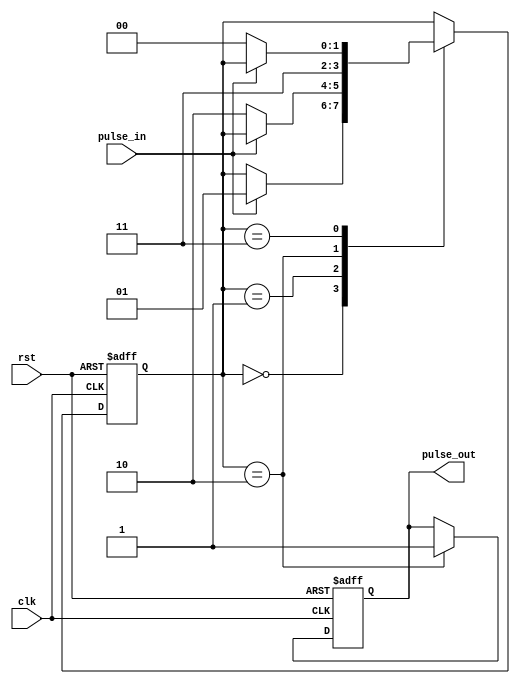
module pulse_synchronizer(
    input wire clk,
    input wire rst,
    input wire pulse_in,
    output reg pulse_out
);

reg [1:0] state;

always @(posedge clk or posedge rst) begin
    if (rst) begin
        state <= 2'b00;
        pulse_out <= 1'b0;
    end else begin
        case(state)
            2'b00: begin
                if (pulse_in) begin
                    state <= 2'b01;
                end
            end
            2'b01: begin
                if (!pulse_in) begin
                    state <= 2'b10;
                end
            end
            2'b10: begin
                pulse_out <= 1'b1;
                state <= 2'b11;
            end
            2'b11: begin
                if (!pulse_in) begin
                    state <= 2'b00;
                end
            end
        endcase
    end
end

endmodule